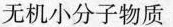
无机小分子物质